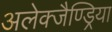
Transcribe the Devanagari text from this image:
अलेक्जैण्ड्रिया